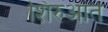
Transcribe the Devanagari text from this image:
शिरुआत